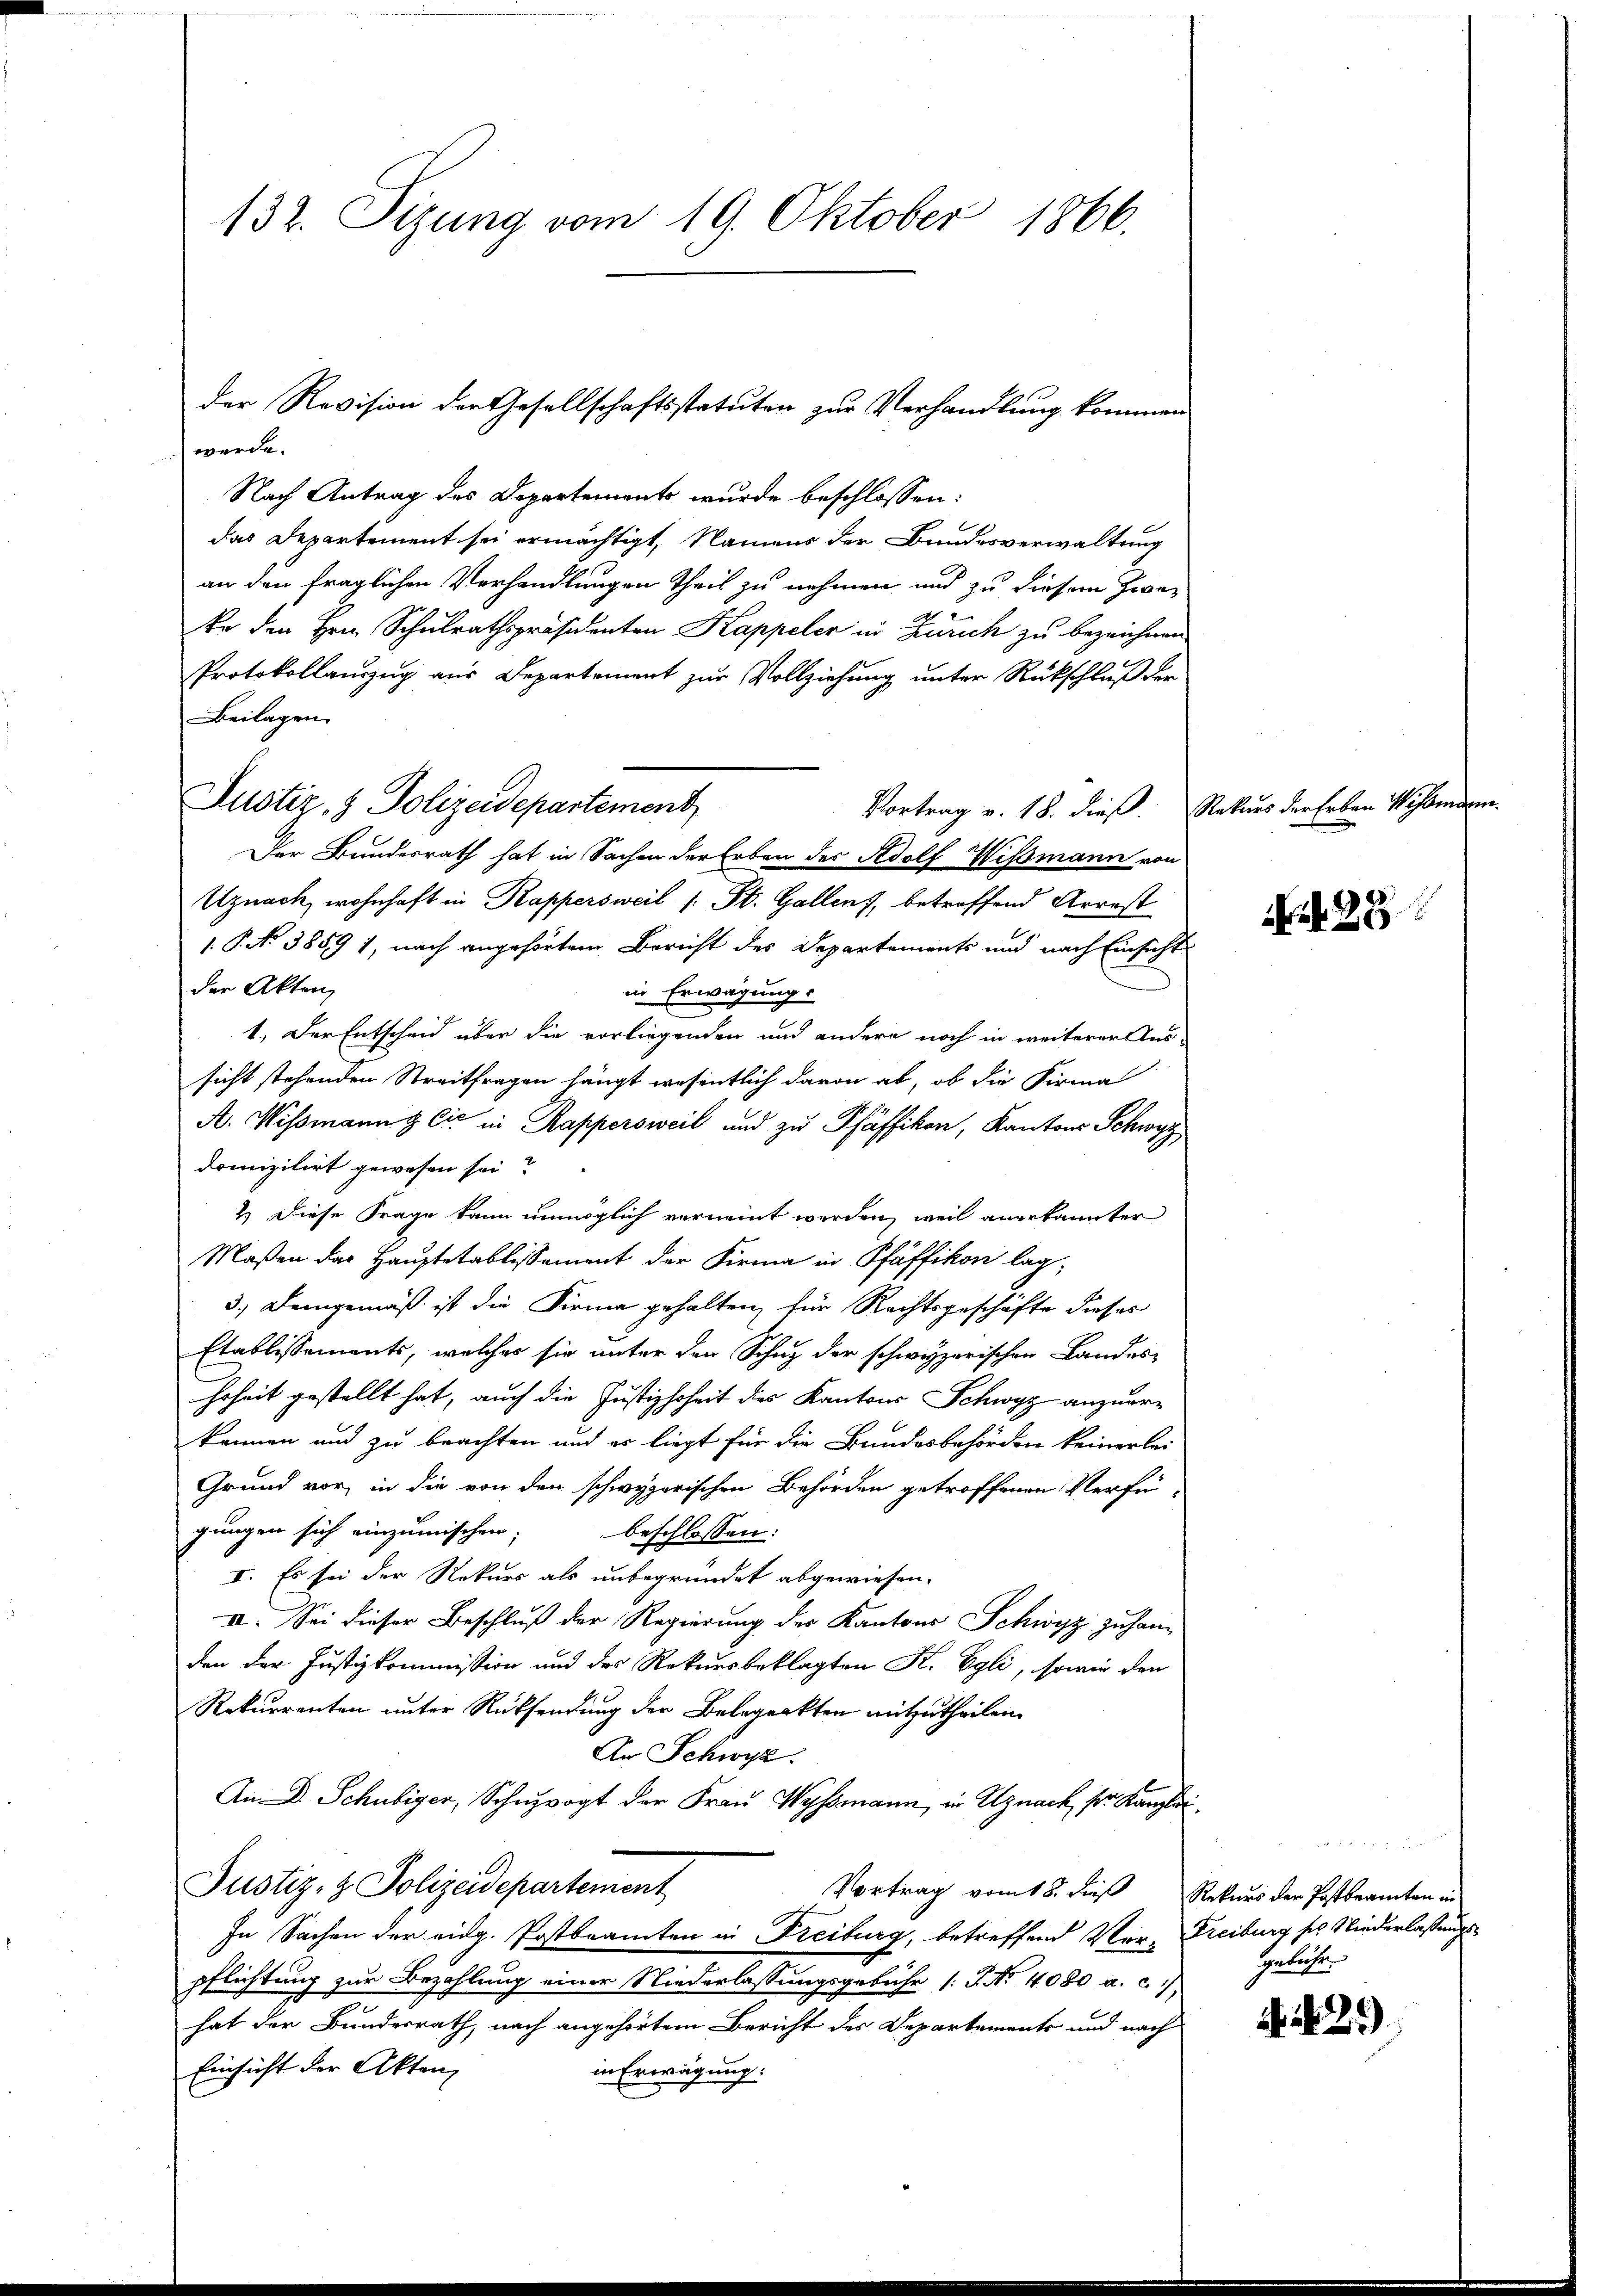
Nach Antrag des Departements wurde beschlossen:
das Departement sei ermächtigt, Namens der Bundesverwaltung
an den fraglichen Verhandlungen Theil zu nehmen und zu diesem Zwe¬
Er den Hrn. Schulrathspräsidenten Kappeler in Zürich zu bezeichnen
Protokollauszug aus Departement zur Vollziehung unter Rückschluß der
Beilagen
Der Bundesrath hat in Sachen der Erben der Adolf Wismann von
Uznach, wohnhaft in Kappersweil (: St. Gallen, betreffend Arrest
.P. No 3859 1, nach angehörtem Bericht des Departements und nach Einsicht
der Akten,
in Erwägungs
1.) Der Entscheid über die vorliegenden und andere noch in weiterer Aus-
sicht stehenden Streitfragen hängt wesentlich davon ab, ob die Firma
A. Wismann & Cie in Rappersweil und zu Pfäffikon, Kantons Schwyz
domizilirt gewesen sei?
2.) Diese Frage kann unmöglich verneint werden, weil anerkannter
Maßen das Hauptetablissement der Firma in Pfäffikon lag,
3.) Demgemäß ist die Firme gehalten, für Rechtsgeschäfte dieses
Etablissements, welches sie unter den Schuz der schwyzerischen Landeshrheit gestellt hat, auch die Justizhoheit des Kantons Schwyz anzuerkönnen und zu beachten und er liegt für die Bundesbehörden keinerlei
Grund vor, in die von den schwyzerischen Behörden getroffenen Verfügungen sich einzumischen; beschlossen:
I. Es sei der Rekurs als unbegründet abgewiesen.
II. Sei dieser Beschluß der Regierung der Kantons Schwyz zu han-
den der Justizkommission und des Rekursbeklagten K. Egli, sowie den
Rekurrenten unter Rücksendung der Belegenkten mitzutheilen.
An Schwyz.
An D. Schubiger, Schuzvogt der Frau Wyssmann, in Uznack, sr. Kanzlei
Justiz- & Polizeidepartement
Vortrag vom 18. dieß Rekurs der Postbeamten in
In Sachen der eidg. Postbeamten in Freiburg, betreffend Ver-Freiburg ses Niederlassungspflichtung zur Bezahlung einer Niederlassungsgebühr /: P. Nr. 4080 a. c.
hat der Bundesrath, nach angehörtem Bericht des Departements und nach
Einsicht der Akten
in Erwägung:

132. Sizung vom 19. Oktober 1866.

der Revision der Gesellschaftsstatuten zur Verhandlung kommen
werde.

Justiz- & Polizeidepartement,

Vortrag v. 18. dieß. Rekurs der Erben Wismann.

a 28

r 0 f 24 x
Gebracht

4. 129